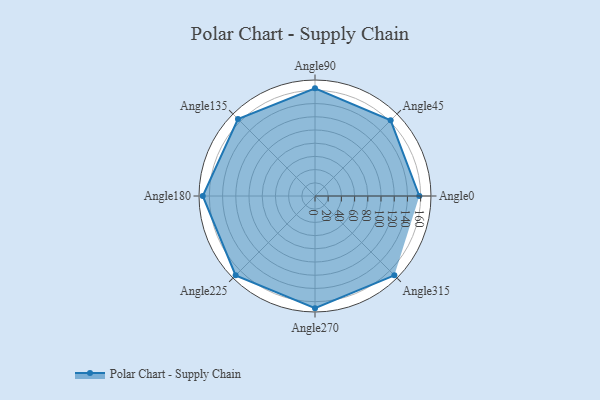
{"axis": {"x": "Angle", "y": "Radius"}, "legend": [""], "data": [{"x": "Angle0", "y": 158.0, "type": ""}, {"x": "Angle45", "y": 162.0, "type": ""}, {"x": "Angle90", "y": 163.0, "type": ""}, {"x": "Angle135", "y": 165.0, "type": ""}, {"x": "Angle180", "y": 170.0, "type": ""}, {"x": "Angle225", "y": 170, "type": ""}, {"x": "Angle270", "y": 170, "type": ""}, {"x": "Angle315", "y": 170, "type": ""}]}